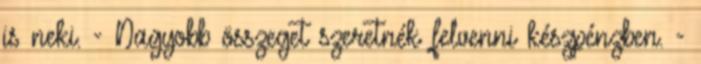
is neki. - Nagyobb összeget szeretnék felvenni készpénzben. -